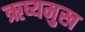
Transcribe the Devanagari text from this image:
ऋष्यमुख